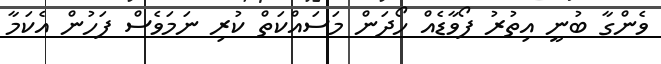
ވެންގާ ބުނީ އިތުރު ފޯވާޑެއް ހޯދަން މަަސައްކަތް ކުރި ނަމަވެސް ފަހުން އެކަމާ